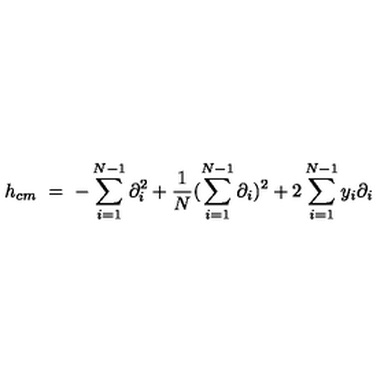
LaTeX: h _ { c m } \ = \ - \sum _ { i = 1 } ^ { N - 1 } \partial _ { i } ^ { 2 } + \frac { 1 } { N } ( \sum _ { i = 1 } ^ { N - 1 } \partial _ { i } ) ^ { 2 } + 2 \sum _ { i = 1 } ^ { N - 1 } y _ { i } \partial _ { i }